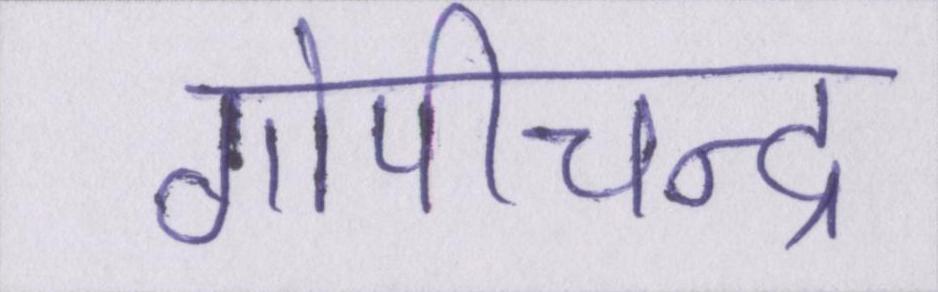
गोपीचन्द्र